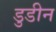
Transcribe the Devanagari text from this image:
डुडीन